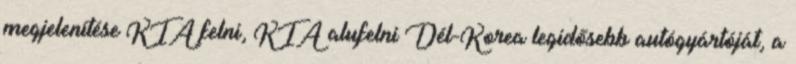
megjelenítése KIA felni, KIA alufelni Dél-Korea legidősebb autógyártóját, a